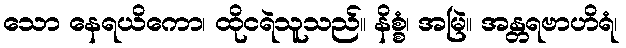
သော နေရယိကော၊ ထိုငရဲသူသည်။ နိစ္စံ၊ အမြဲ။ အန္တရဗာဟိရံ၊